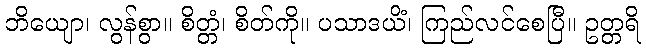
ဘိယျော၊ လွန်စွာ။ စိတ္တံ၊ စိတ်ကို။ ပသာဒယိံ၊ ကြည်လင်စေပြီ။ ဥတ္တရိ